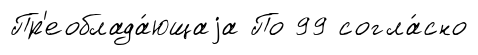
Пр'еоблада́ющаjа По 99 согла́сно